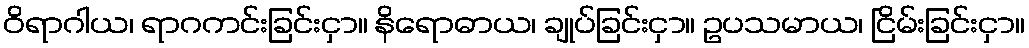
ဝိရာဂါယ၊ ရာဂကင်းခြင်းငှာ။ နိရောဓာယ၊ ချုပ်ခြင်းငှာ။ ဥပသမာယ၊ ငြိမ်းခြင်းငှာ။